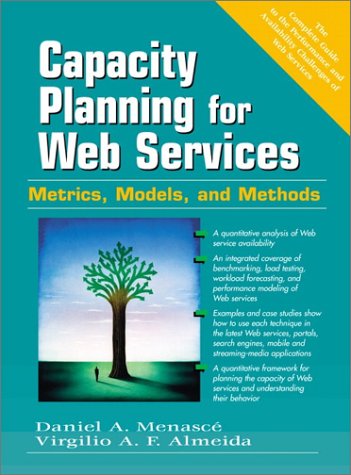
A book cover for Capacity Planning for Web Services: Metrics, Models, and Methods; Daniel A. Menasce; Computers & Technology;